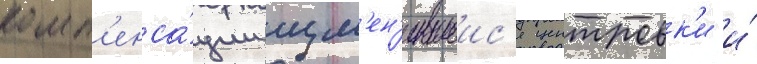
комп'енса́ции изм'ен'ившеис'я центровк'и и́